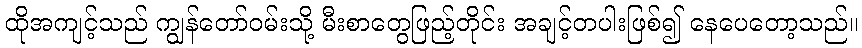
ထိုအကျင့်သည် ကျွန်တော်ဝမ်းသို့ မီးစာတွေဖြည့်တိုင်း အချင့်တပါးဖြစ်၍ နေပေတော့သည်။